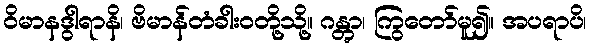
ဝိမာနဒွါရာနိ၊ ဗိမာန်တံခါးဝတို့သို့။ ဂန္တွာ၊ ကြွတော်မူ၍။ အပရာပိ၊